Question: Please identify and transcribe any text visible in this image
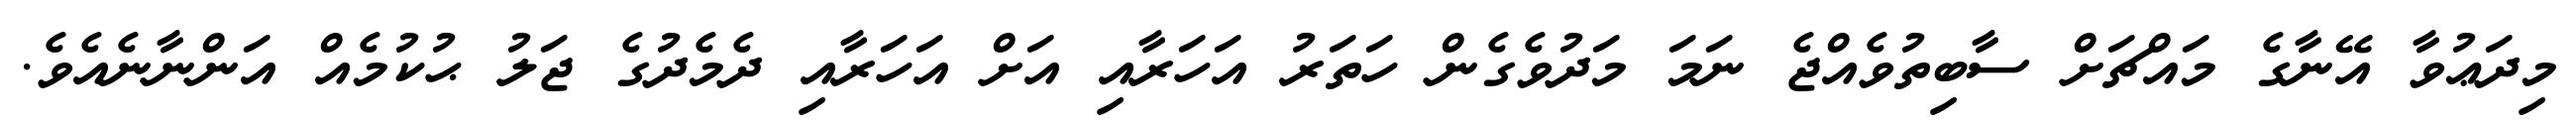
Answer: މިދަޢުވާ އޭނާގެ މައްޗަށް ސާބިތުވެއްޖެ ނަމަ މަދުވެގެން ހަތަރު އަހަރާއި އަށް އަހަރާއި ދެމެދުގެ ޖަލު ޙުކުމެއް އަންނާނެއެވެ.